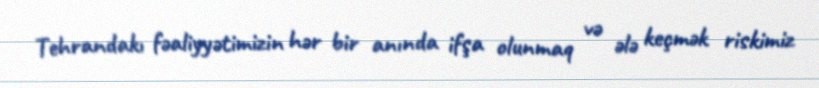
Tehrandakı fəaliyyətimizin hər bir anında ifşa olunmaq və ələ keçmək riskimiz